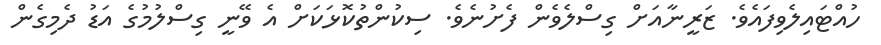
ހުއްޓައިލެވިފައެވެ. ޒަރީނާއަށް ގިސްލެވެން ފެށުނެވެ. ސިކުންތުކޮޅަކަށް އެ ވޭނީ ގިސްލުމުގެ އަޑު ދެމިގެން